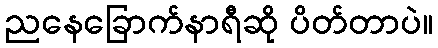
ညနေခြောက်နာရီဆို ပိတ်တာပဲ။